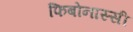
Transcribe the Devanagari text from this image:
फिबोनास्सी